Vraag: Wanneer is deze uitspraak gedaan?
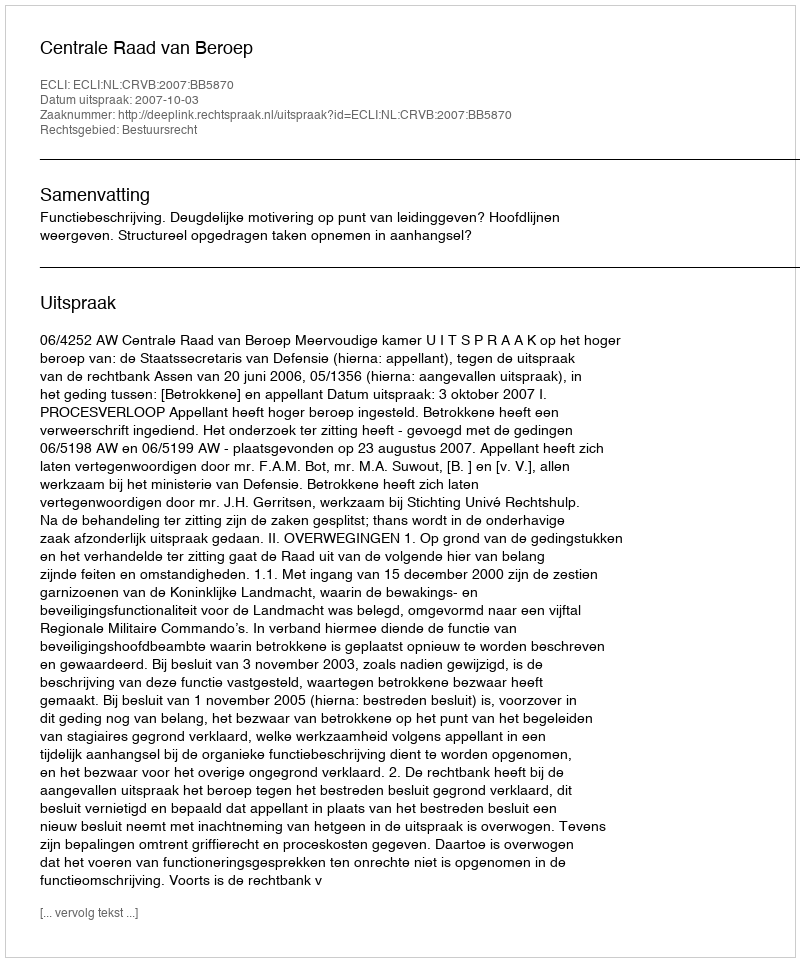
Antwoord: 2007-10-03